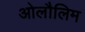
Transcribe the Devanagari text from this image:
ओलौलिम